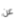
عن